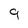
Character: 9